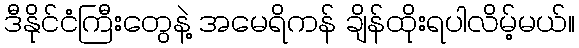
ဒီနိုင်ငံကြီးတွေနဲ့ အမေရိကန် ချိန်ထိုးရပါလိမ့်မယ်။